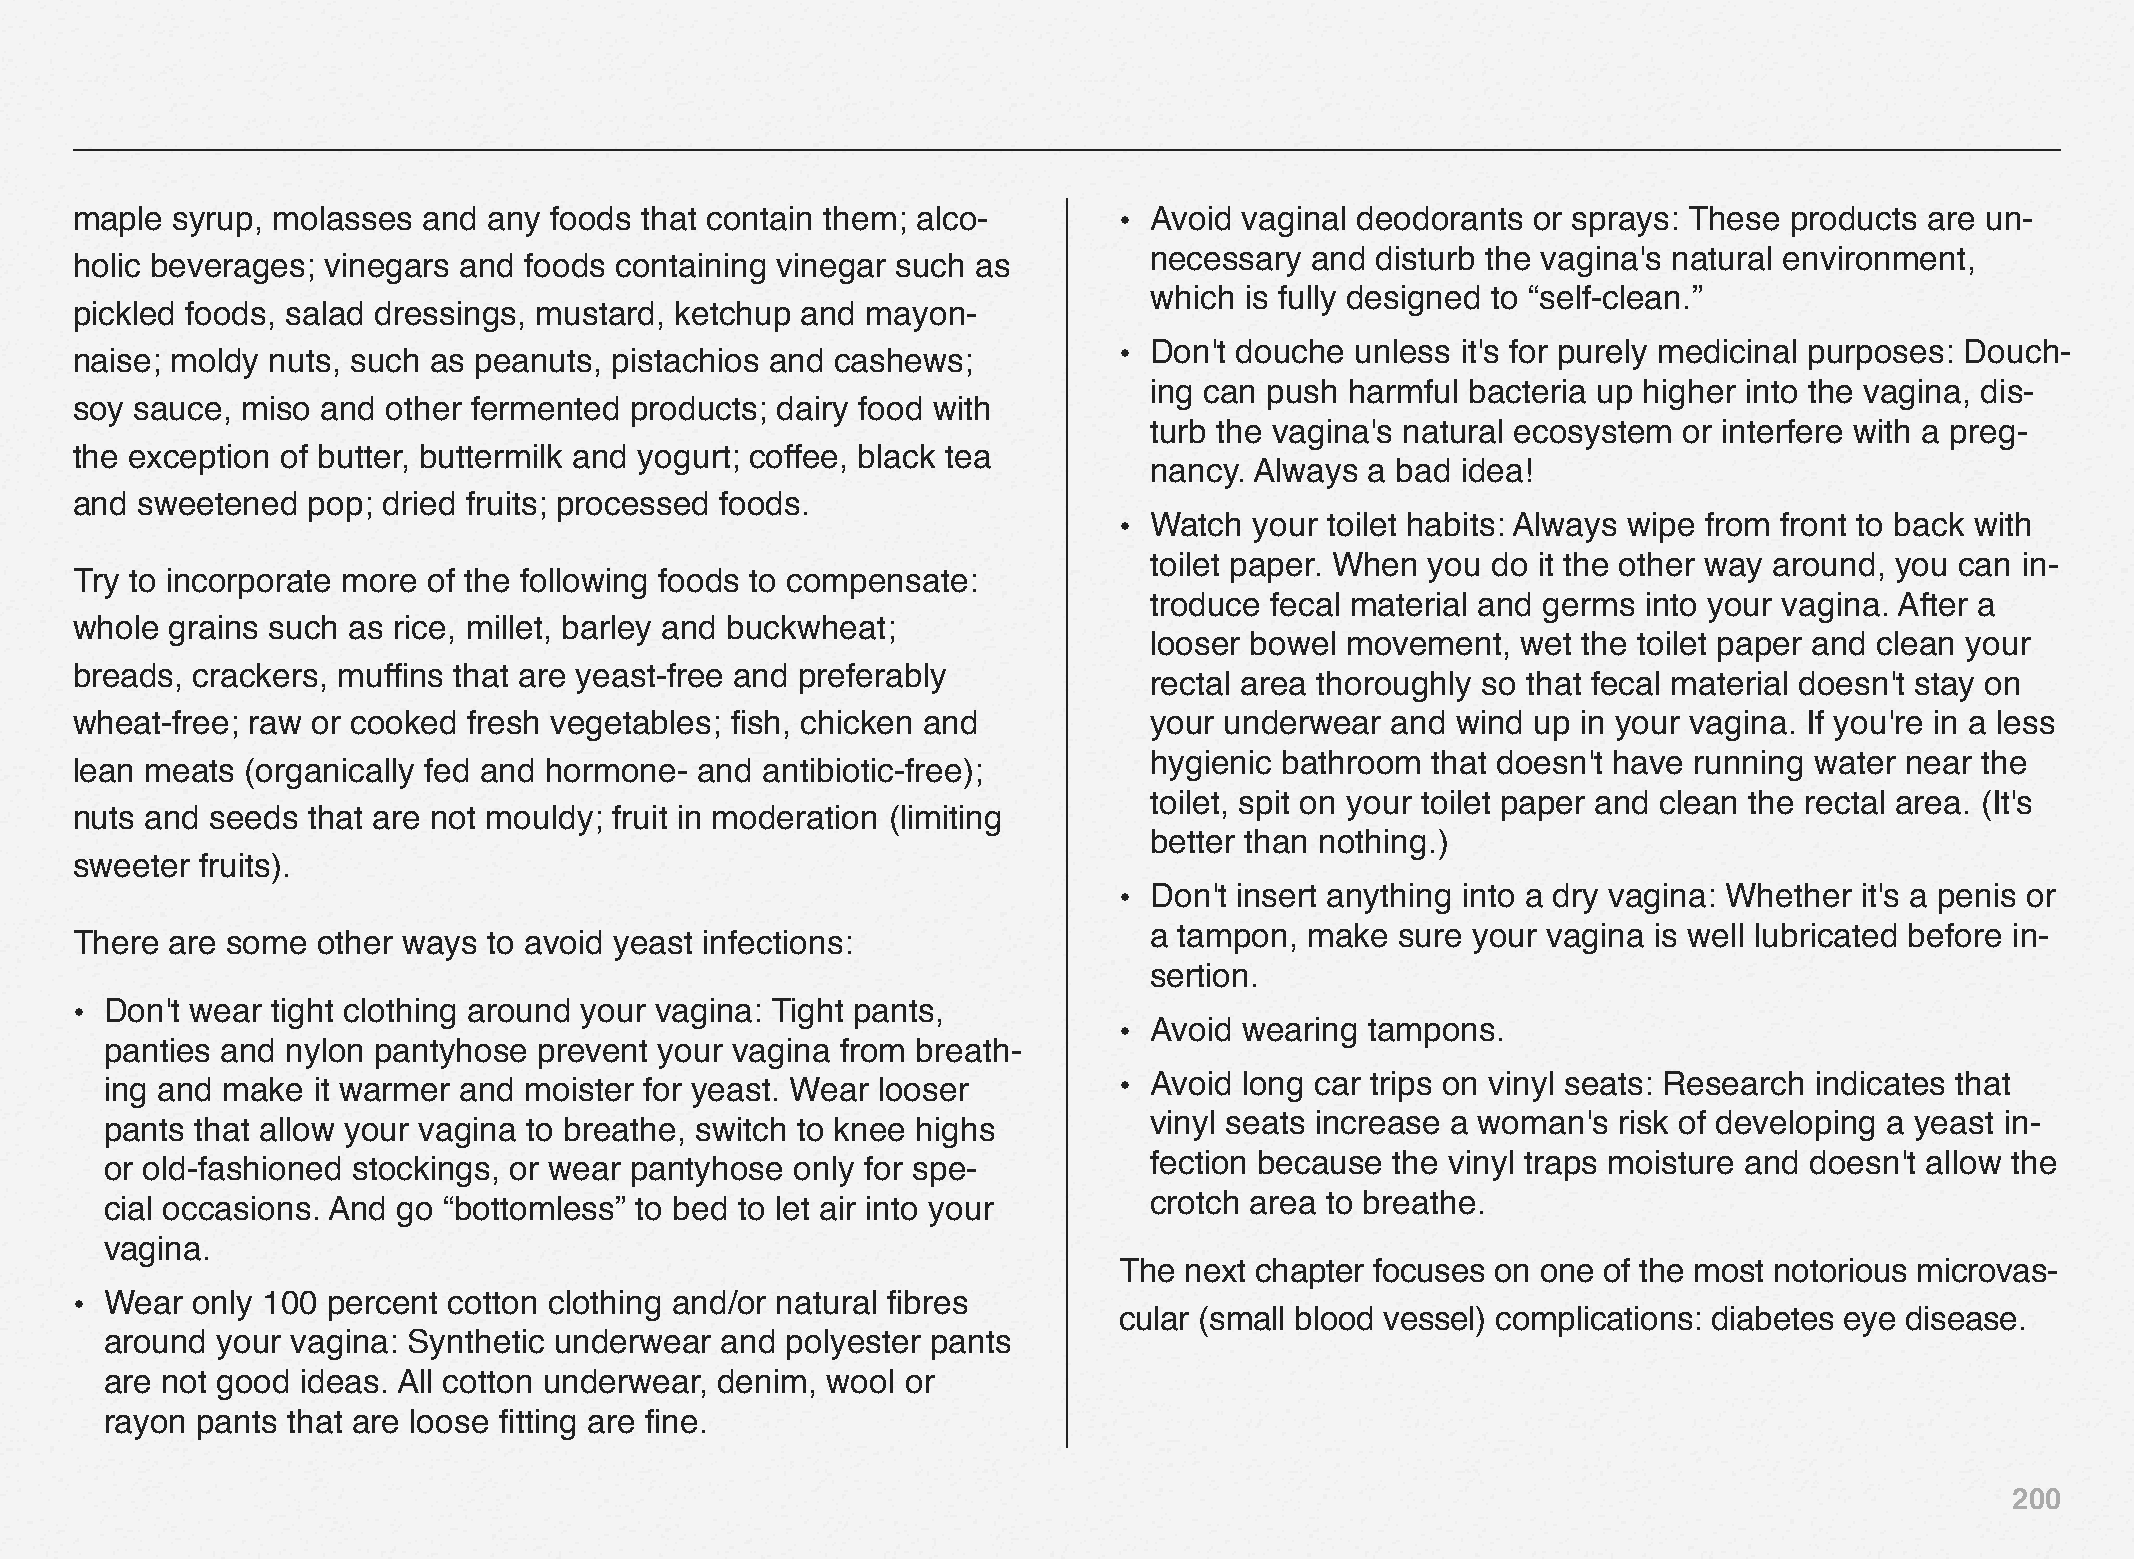
maple syrup, molasses  and any foods that contain them; alco-        • Avoid vaginal deodorants or sprays: These  products are un-
 necessary  and disturb the vagina's natural environment,
 holic beverages; vinegars and foods containing vinegar such as
 which is fully designed to “self-clean.”
 pickled foods, salad dressings, mustard, ketchup and mayon-
 • Don't douche  unless it's for purely medicinal purposes: Douch-
 naise; moldy nuts, such as peanuts, pistachios and cashews;
 ing can push harmful bacteria up higher into the vagina, dis-
 soy sauce, miso and  other fermented products; dairy food with
 turb the vagina's natural ecosystem or interfere with a preg-
 the exception of butter, buttermilk and yogurt; coffee, black tea
 nancy. Always  a bad idea!
 and sweetened  pop; dried fruits; processed foods.
 • Watch  your toilet habits: Always wipe from front to back with
 toilet paper. When you do it the other way around, you can in-
 Try to incorporate more of the following foods to compensate:
 troduce fecal material and germs into your vagina. After a
 whole grains such as rice, millet, barley and buckwheat;
 looser bowel movement,   wet the toilet paper and clean your
 breads, crackers, muffins that are yeast-free and preferably
 rectal area thoroughly so that fecal material doesn't stay on
 wheat-free; raw or cooked fresh vegetables; fish, chicken and          your underwear  and wind  up in your vagina. If you're in a less
 hygienic bathroom  that doesn't have running water near the
 lean meats (organically fed and hormone- and antibiotic-free);
 toilet, spit on your toilet paper and clean the rectal area. (It's
 nuts and seeds that are not mouldy; fruit in moderation (limiting
 better than nothing.)
 sweeter fruits).
 • Don't insert anything into a dry vagina: Whether it's a penis or
 a tampon,  make  sure your vagina is well lubricated before in-
 There are some  other ways to avoid yeast infections:
 sertion.
 • Don't wear tight clothing around your vagina: Tight pants,
 • Avoid wearing  tampons.
 panties and nylon pantyhose  prevent your vagina from breath-
 ing and make  it warmer and moister for yeast. Wear looser         • Avoid long car trips on vinyl seats: Research indicates that
 pants that allow your vagina to breathe, switch to knee highs        vinyl seats increase a woman's risk of developing a yeast in-
 or old-fashioned stockings, or wear pantyhose only for spe-          fection because the vinyl traps moisture and doesn't allow the
 cial occasions. And go “bottomless” to bed to let air into your      crotch area to breathe.
 vagina.
 The next chapter focuses on one of the most notorious microvas-
 • Wear  only 100 percent cotton clothing and/or natural fibres
 cular (small blood vessel) complications: diabetes eye disease.
 around your vagina: Synthetic underwear  and polyester pants
 are not good ideas. All cotton underwear, denim, wool or
 rayon pants that are loose fitting are fine.
 200